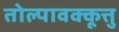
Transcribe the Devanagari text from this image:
तोल्पावक्कूत्तु